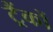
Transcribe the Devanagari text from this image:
ट्रैंकों